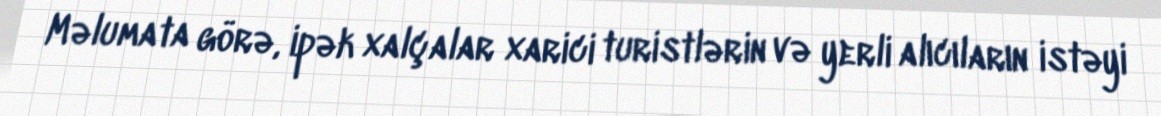
Məlumata görə, ipək xalçalar xarici turistlərin və yerli alıcıların istəyi